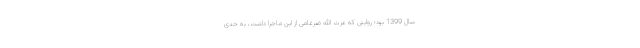
سال 1399 بود؛ روایتی که عزت الله ضرغامی از این ماجرا داشت، به حدی